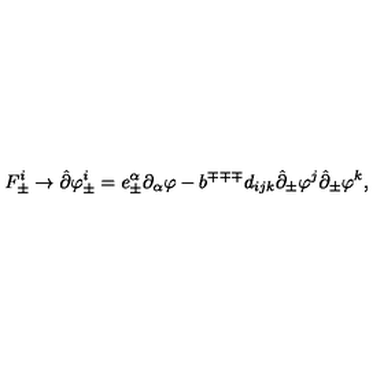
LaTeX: F _ { \pm } ^ { i } \rightarrow \hat { \partial } \varphi _ { \pm } ^ { i } = e _ { \pm } ^ { \alpha } \partial _ { \alpha } \varphi - b ^ { \mp \mp \mp } d _ { i j k } \hat { \partial } _ { \pm } \varphi ^ { j } \hat { \partial } _ { \pm } \varphi ^ { k } ,